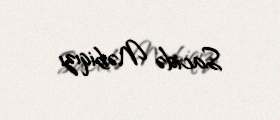
Sacidə Nəbiqızı